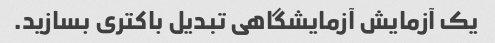
یک آزمایش آزمایشگاهی تبدیل باکتری بسازید.